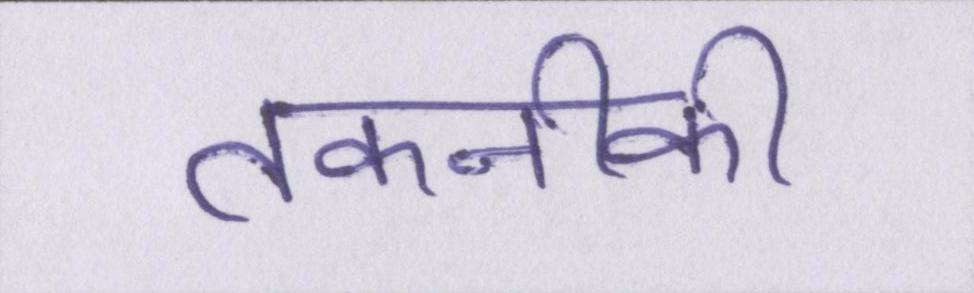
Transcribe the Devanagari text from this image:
तकनीकी